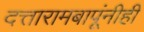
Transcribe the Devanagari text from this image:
दत्तारामबापूंनीही